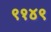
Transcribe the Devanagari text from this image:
९१४९